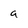
Character: a